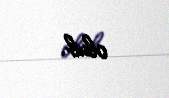
olub.